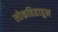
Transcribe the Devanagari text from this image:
लोकहिताहून